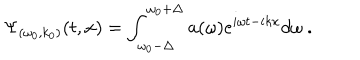
LaTeX: \Psi _ { ( \omega _ { 0 } , k _ { 0 } ) } ( t , x ) = \int _ { \omega _ { 0 } - \Delta } ^ { \omega _ { 0 } + \Delta } a ( \omega ) e ^ { i \omega t - i k x } d \omega ~ .